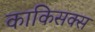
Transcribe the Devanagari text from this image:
काकिसक्स